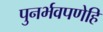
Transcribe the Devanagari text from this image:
पुनर्भवपणेहि